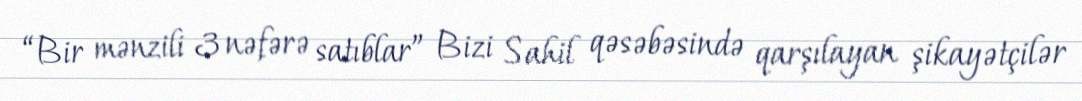
“Bir mənzili 3 nəfərə satıblar” Bizi Sahil qəsəbəsində qarşılayan şikayətçilər